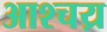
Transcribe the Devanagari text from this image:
आश्चय्र